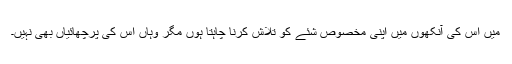
میں اس کی آنکھوں میں اپنی مخصوص شئے کو تلاش کرنا چاہتا ہوں مگر وہاں اس کی پرچھائیاں بھی نہیں۔